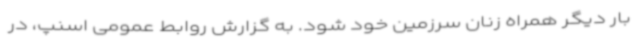
بار دیگر همراه زنان سرزمین خود شود. به گزارش روابط عمومی اسنپ، در